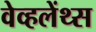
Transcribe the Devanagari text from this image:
वेव्हलेंथ्स